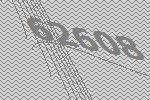
62608